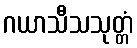
ဂယာသီသသုတ္တံ